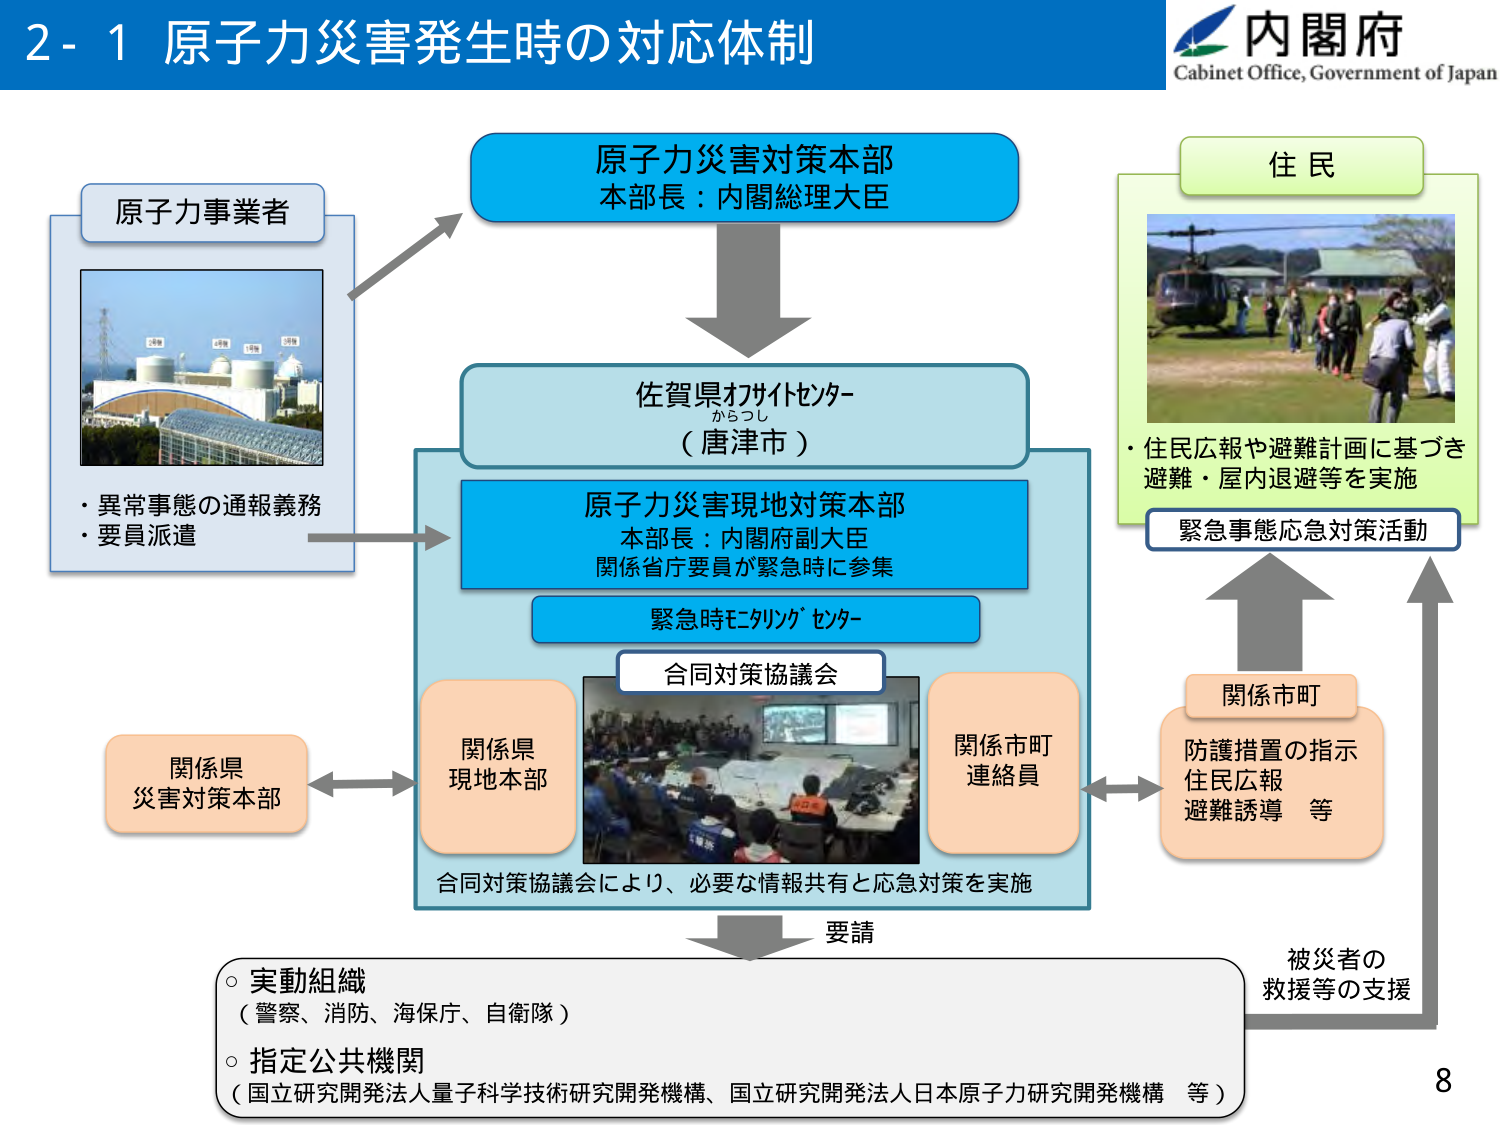
2-1 原子力災害発生時の対応体制

内閣府
Cabinet Office, Government of Japan

原子力事業者
・異常事態の通報義務
・要員派遣

原子力災害対策本部
本部長：内閣総理大臣

佐賀県わがいセンター
からつし
（唐津市）

原子力災害現地対策本部
本部長：内閣府副大臣
関係省庁要員が緊急時に参集

緊急時モニタリングセンター

合同対策協議会

関係県
現地本部

関係市町
連絡員

関係県
災害対策本部

住民
・住民広報や避難計画に基づき
避難・屋内退避等を実施

緊急事態応急対策活動

関係市町
防護措置の指示
住民広報
避難誘導 等

要請

実動組織
（警察、消防、海保、自衛隊）

指定公共機関
（国立研究開発法人量子科学技術研究開発機構、国立研究開発法人日本原子力研究開発機構 等）

被災者の
救援等の支援

8

合同対策協議会により、必要な情報共有と応急対策を実施